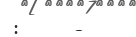
:     -